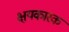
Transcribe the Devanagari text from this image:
क्षयकारक